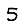
Digit: 5